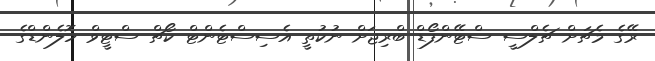
ރޭގެ މެޗަށް ޗެލްސީ ސްޓޭންފޯޑް ބްރިޖަށް ނުކުތީ އެސިސްޓެންޓް ކޯޗް ސްޓީވް ހޮލެންޑްގެ